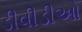
ડીવીડીઓ